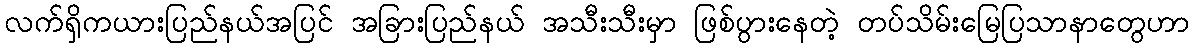
လက်ရှိကယားပြည်နယ်အပြင် အခြားပြည်နယ် အသီးသီးမှာ ဖြစ်ပွားနေတဲ့ တပ်သိမ်းမြေပြသာနာတွေဟာ